Document type: Sale
Year: 1323
Scribe: Guillem Coscoll
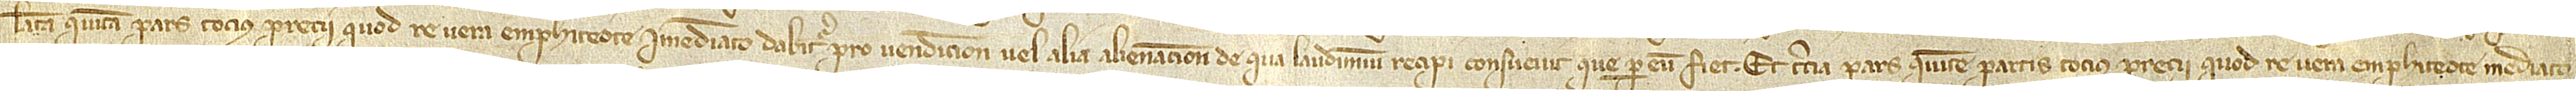
latam quinta pars tocius precii quod re vera emphiteote immediato dabitur pro vendicione vel alia alienacione de qua laudimium recipi consuevit que per eum fiet; et tercia pars quinte partis tocius precii quod re vera emphiteote mediato